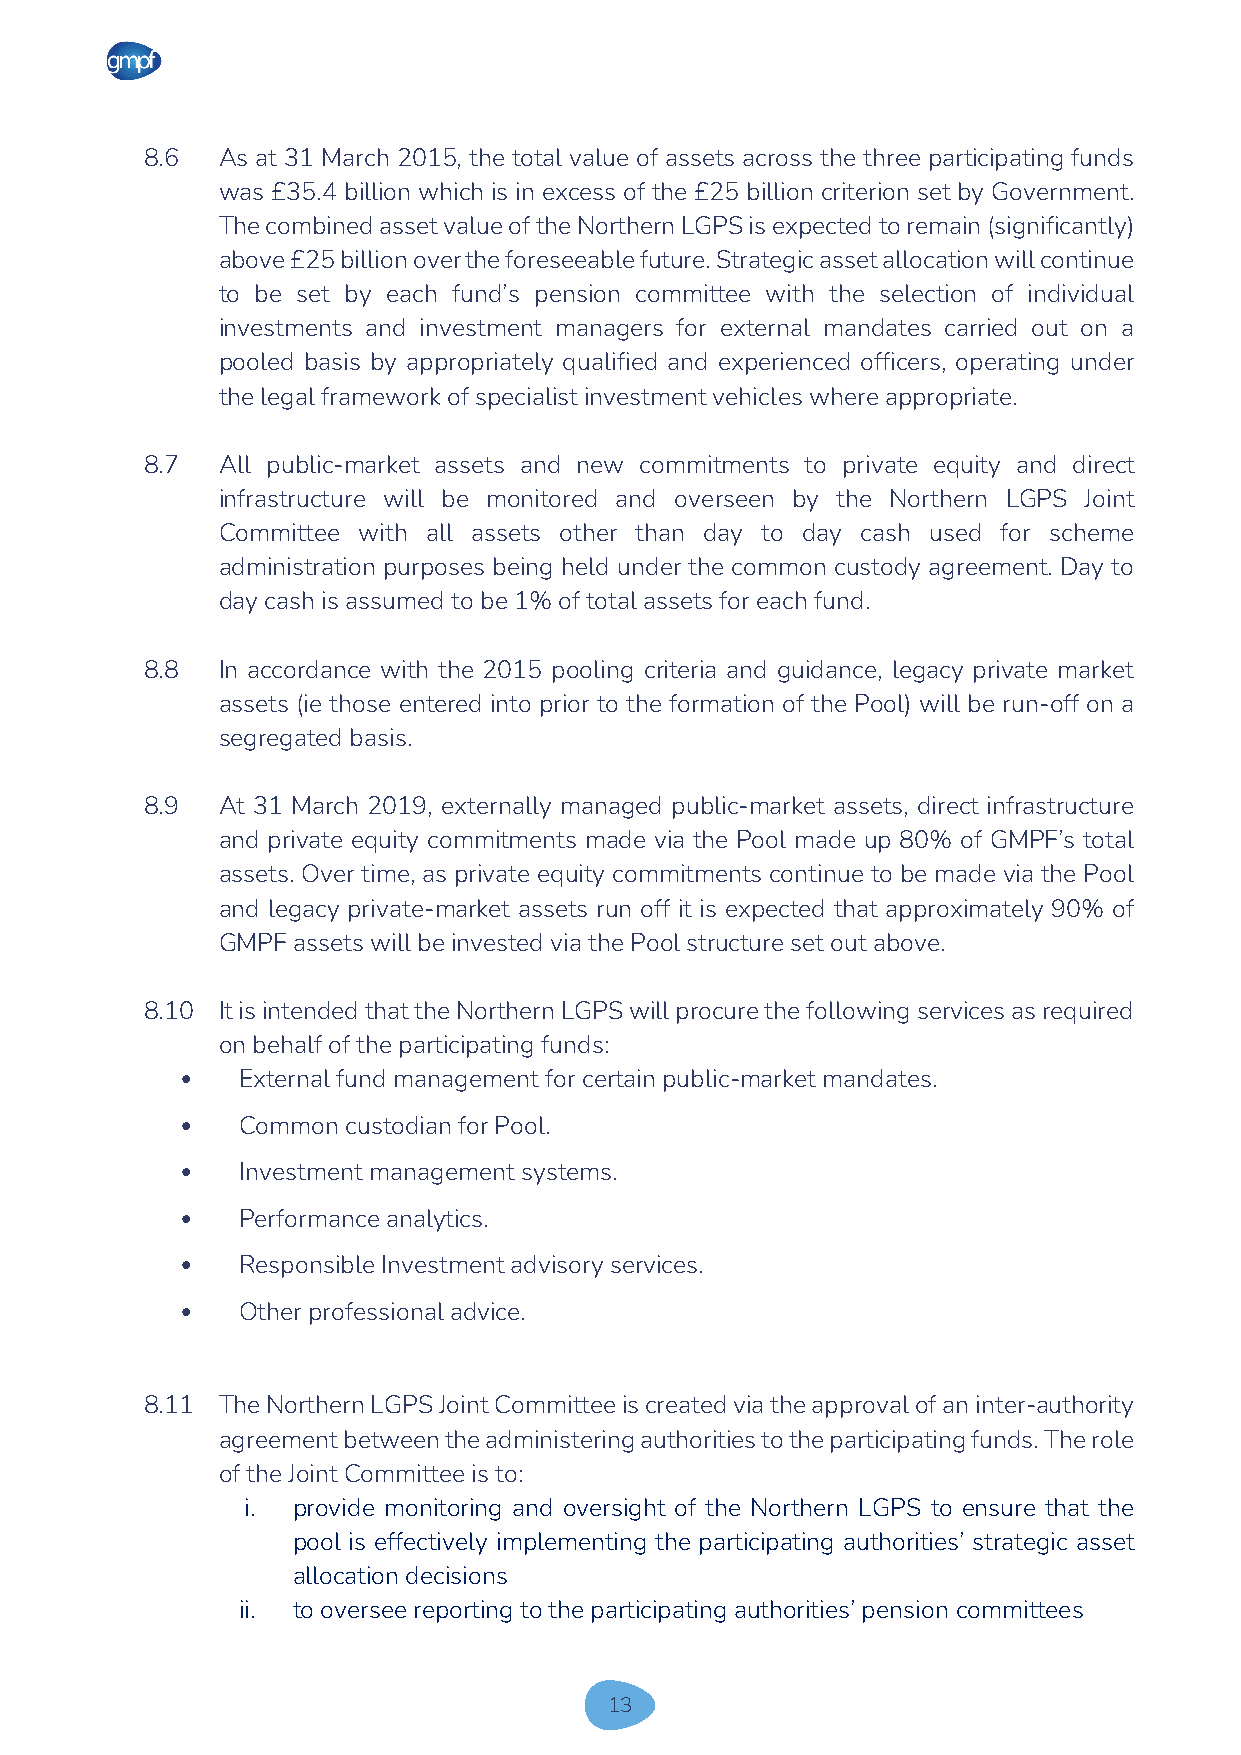
8.6 As at 31 March 2015, the total value of assets across the three participating funds
 was £35.4 billion which is in excess of the £25 billion criterion set by Government.
 The combined asset value of the Northern LGPS is expected to remain (significantly)
 above £25 billion over the foreseeable future. Strategic asset allocation will continue
 to be set by each fund’s pension committee with the selection of individual
 investments and investment managers for external mandates carried out on a
 pooled basis by appropriately qualified and experienced officers, operating under
 the legal framework of specialist investment vehicles where appropriate.
 8.7 All public-market assets and new commitments to private equity and direct
 infrastructure will be monitored and overseen by the Northern LGPS Joint
 Committee with all assets other than day to day cash used for scheme
 administration purposes being held under the common custody agreement. Day to
 day cash is assumed to be 1% of total assets for each fund.
 8.8 In accordance with the 2015 pooling criteria and guidance, legacy private market
 assets (ie those entered into prior to the formation of the Pool) will be run-off on a
 segregated basis.
 8.9 At 31 March 2019, externally managed public-market assets, direct infrastructure
 and private equity commitments made via the Pool made up 80% of GMPF’s total
 assets. Over time, as private equity commitments continue to be made via the Pool
 and legacy private-market assets run off it is expected that approximately 90% of
 GMPF assets will be invested via the Pool structure set out above.
 8.10 It is intended that the Northern LGPS will procure the following services as required
 on behalf of the participating funds:
 •   External fund management for certain public-market mandates.
 •   Common custodian for Pool.
 •   Investment management systems.
 •   Performance analytics.
 •   Responsible Investment advisory services.
 •   Other professional advice.
 8.11 The Northern LGPS Joint Committee is created via the approval of an inter-authority
 agreement between the administering authorities to the participating funds. The role
 of the Joint Committee is to:
 i. provide monitoring and oversight of the Northern LGPS to ensure that the
 pool is effectively implementing the participating authorities’ strategic asset
 allocation decisions
 ii. to oversee reporting to the participating authorities’ pension committees
 13